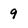
Character: 9